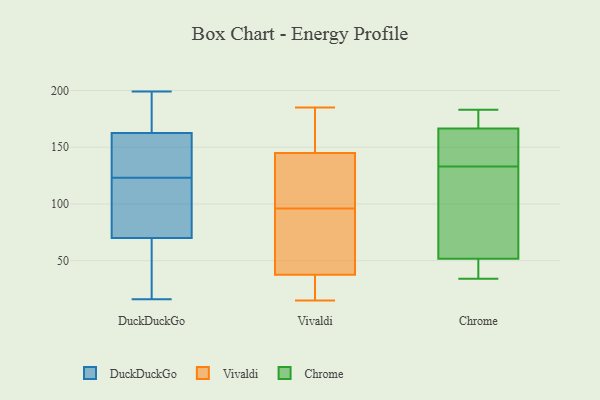
{"axis": {"x": "Operating Costs (USD K)", "y": "Value"}, "legend": ["Chrome", "DuckDuckGo", "Vivaldi"], "data": [{"x": "", "y": 127, "type": "DuckDuckGo"}, {"x": "", "y": 89, "type": "DuckDuckGo"}, {"x": "", "y": 194, "type": "DuckDuckGo"}, {"x": "", "y": 180, "type": "DuckDuckGo"}, {"x": "", "y": 74, "type": "DuckDuckGo"}, {"x": "", "y": 16, "type": "DuckDuckGo"}, {"x": "", "y": 199, "type": "DuckDuckGo"}, {"x": "", "y": 66, "type": "DuckDuckGo"}, {"x": "", "y": 119, "type": "DuckDuckGo"}, {"x": "", "y": 145, "type": "DuckDuckGo"}, {"x": "", "y": 31, "type": "DuckDuckGo"}, {"x": "", "y": 135, "type": "DuckDuckGo"}, {"x": "", "y": 185, "type": "Vivaldi"}, {"x": "", "y": 131, "type": "Vivaldi"}, {"x": "", "y": 37, "type": "Vivaldi"}, {"x": "", "y": 62, "type": "Vivaldi"}, {"x": "", "y": 164, "type": "Vivaldi"}, {"x": "", "y": 143, "type": "Vivaldi"}, {"x": "", "y": 43, "type": "Vivaldi"}, {"x": "", "y": 169, "type": "Vivaldi"}, {"x": "", "y": 164, "type": "Vivaldi"}, {"x": "", "y": 29, "type": "Vivaldi"}, {"x": "", "y": 108, "type": "Vivaldi"}, {"x": "", "y": 26, "type": "Vivaldi"}, {"x": "", "y": 29, "type": "Vivaldi"}, {"x": "", "y": 147, "type": "Vivaldi"}, {"x": "", "y": 38, "type": "Vivaldi"}, {"x": "", "y": 140, "type": "Vivaldi"}, {"x": "", "y": 84, "type": "Vivaldi"}, {"x": "", "y": 125, "type": "Vivaldi"}, {"x": "", "y": 15, "type": "Vivaldi"}, {"x": "", "y": 68, "type": "Vivaldi"}, {"x": "", "y": 34, "type": "Chrome"}, {"x": "", "y": 141, "type": "Chrome"}, {"x": "", "y": 171, "type": "Chrome"}, {"x": "", "y": 51, "type": "Chrome"}, {"x": "", "y": 165, "type": "Chrome"}, {"x": "", "y": 93, "type": "Chrome"}, {"x": "", "y": 50, "type": "Chrome"}, {"x": "", "y": 52, "type": "Chrome"}, {"x": "", "y": 46, "type": "Chrome"}, {"x": "", "y": 135, "type": "Chrome"}, {"x": "", "y": 135, "type": "Chrome"}, {"x": "", "y": 183, "type": "Chrome"}, {"x": "", "y": 176, "type": "Chrome"}, {"x": "", "y": 112, "type": "Chrome"}, {"x": "", "y": 114, "type": "Chrome"}, {"x": "", "y": 133, "type": "Chrome"}, {"x": "", "y": 176, "type": "Chrome"}]}